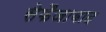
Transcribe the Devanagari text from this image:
सेफैजाबाद